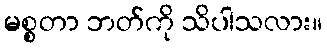
မစ္စတာ ဘတ်ကို သိပါသလား။